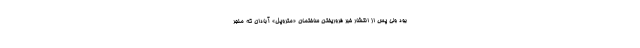
بود ولی پس از انتشار خبر فروریختن ساختمان «متروپل» آبادان که منجر